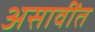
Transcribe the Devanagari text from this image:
असावींत